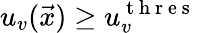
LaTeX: u_{v}(\vec{x})\geq u_{v}^{\mathrm{~t~h~r~e~s~}}